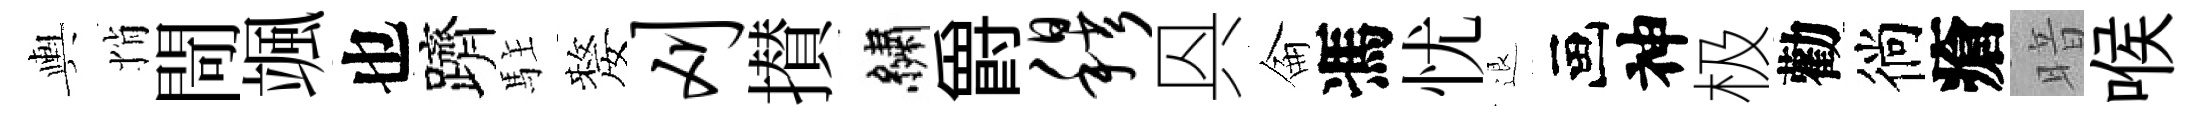
輿悄閜颯也躋駐嫠刈攅繡爵穆㒷侖馮忧退画神极勸徜瘡暗喉